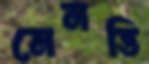
মেনত্তি